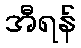
အီရန်